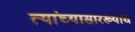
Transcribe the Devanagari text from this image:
त्यांच्यासारख्याच